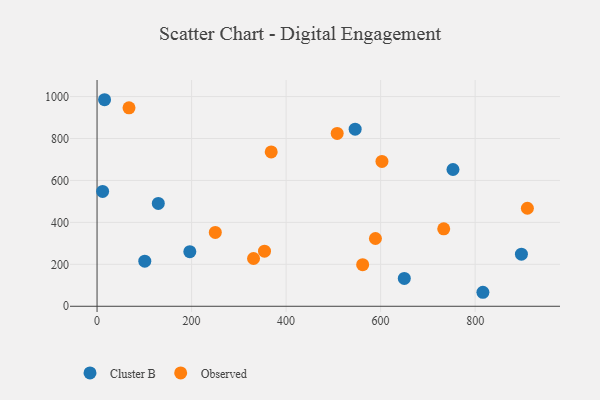
{"axis": {"x": "Price", "y": "Rating"}, "legend": ["Cluster B", "Observed"], "data": [{"x": "129.6", "y": 490.4, "type": "Cluster B"}, {"x": "101.0", "y": 214.9, "type": "Cluster B"}, {"x": "15.9", "y": 984.9, "type": "Cluster B"}, {"x": "650.1", "y": 132.6, "type": "Cluster B"}, {"x": "11.8", "y": 547.8, "type": "Cluster B"}, {"x": "816.4", "y": 66.8, "type": "Cluster B"}, {"x": "753.1", "y": 652.2, "type": "Cluster B"}, {"x": "897.9", "y": 248.6, "type": "Cluster B"}, {"x": "546.1", "y": 844.6, "type": "Cluster B"}, {"x": "196.3", "y": 260.3, "type": "Cluster B"}, {"x": "589.0", "y": 323.1, "type": "Observed"}, {"x": "508.1", "y": 824.3, "type": "Observed"}, {"x": "368.5", "y": 736.2, "type": "Observed"}, {"x": "910.5", "y": 467.4, "type": "Observed"}, {"x": "354.3", "y": 262.6, "type": "Observed"}, {"x": "562.0", "y": 198.3, "type": "Observed"}, {"x": "602.8", "y": 690.5, "type": "Observed"}, {"x": "67.6", "y": 946.3, "type": "Observed"}, {"x": "250.2", "y": 352.3, "type": "Observed"}, {"x": "331.1", "y": 227.9, "type": "Observed"}, {"x": "733.5", "y": 369.4, "type": "Observed"}]}